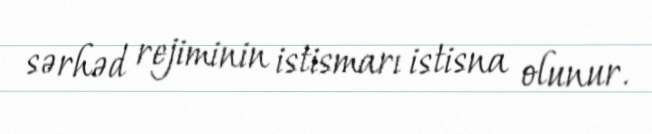
sərhəd rejiminin istismarı istisna olunur.